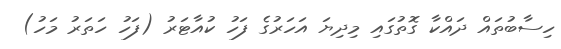
ހިސާބުތައް ދައްކާ ގޮތުގައި މިދިޔަ އަހަރުގެ ފަހު ކުއާޓަރު (ފަހު ހަތަރު މަހު)